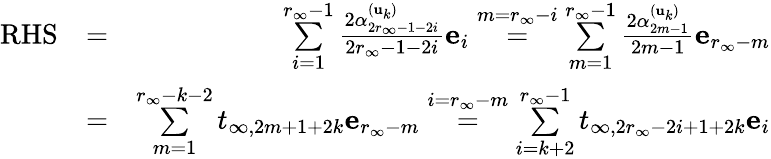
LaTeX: \begin{array}{rlr}{\mathrm{RHS}}&{=}&{\underset{i=1}{\overset{r_{\infty}-1}{\sum}}\frac{2\alpha_{2r_{\infty}-1-2i}^{(\mathbf{u}_{k})}}{2r_{\infty}-1-2i}\mathbf{e}_{i}\overset{m=r_{\infty}-i}{=}\underset{m=1}{\overset{r_{\infty}-1}{\sum}}\frac{2\alpha_{2m-1}^{(\mathbf{u}_{k})}}{2m-1}\mathbf{e}_{r_{\infty}-m}}\\ &{=}&{\underset{m=1}{\overset{r_{\infty}-k-2}{\sum}}t_{\infty,2m+1+2k}\mathbf{e}_{r_{\infty}-m}\overset{i=r_{\infty}-m}{=}\underset{i=k+2}{\overset{r_{\infty}-1}{\sum}}t_{\infty,2r_{\infty}-2i+1+2k}\mathbf{e}_{i}}\end{array}